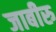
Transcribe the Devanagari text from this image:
जाबीरु